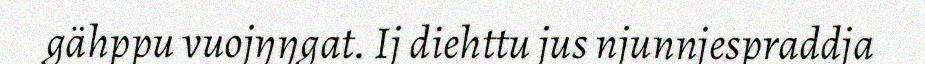
gähppu vuojŋŋgat. Ij diehttu jus njunnjespraddja